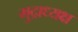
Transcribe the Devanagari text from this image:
मुद्राध्यक्ष